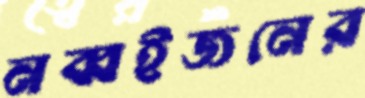
নব্বইজনের